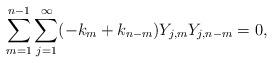
LaTeX: \begin{align*}\sum_{m=1}^{n-1}\sum_{j=1}^\infty (- k_m + k_{n-m} ) Y_{j,m} Y_{j,n-m} = 0,\end{align*}